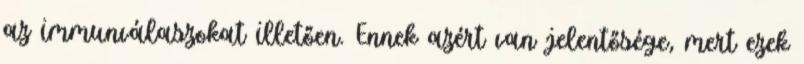
az immunválaszokat illetően. Ennek azért van jelentősége, mert ezek